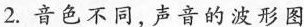
2.音色不同，声音的波形图